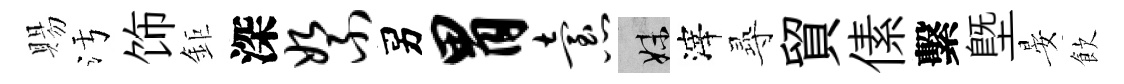
賜污饰鉅深絮男胃怠妹滓𡬶貿傃繫塈晏飲